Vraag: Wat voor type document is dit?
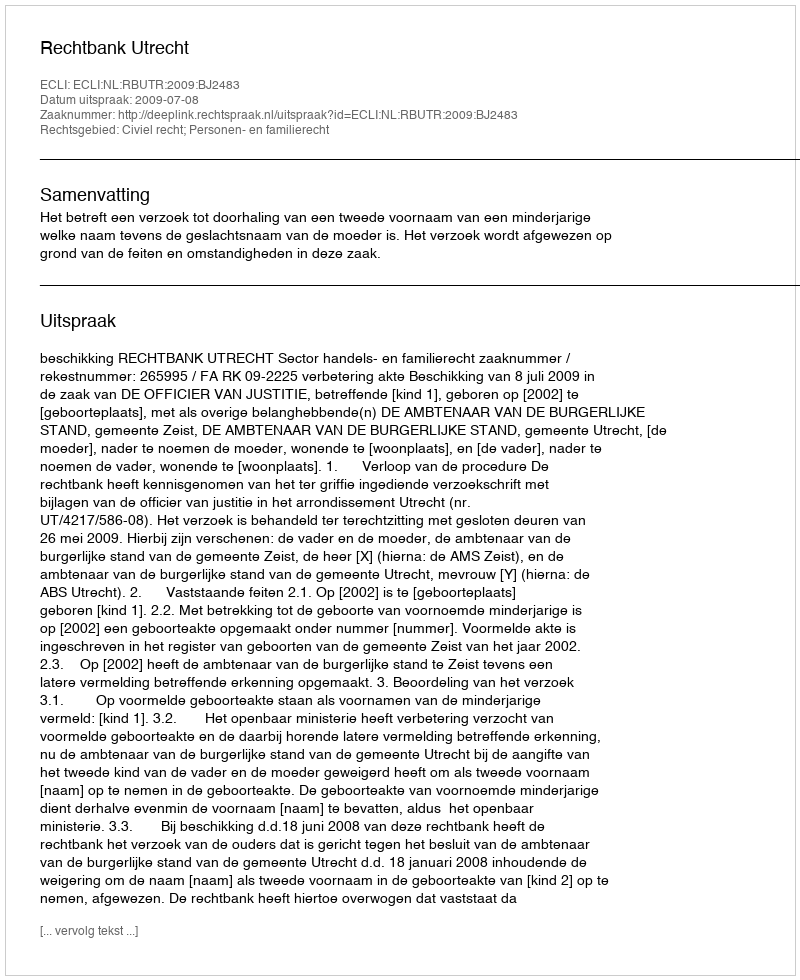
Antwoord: Uitspraak